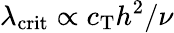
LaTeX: \lambda_{\mathrm{crit}}\propto c_{\mathrm{T}}h^{2}/\nu